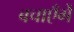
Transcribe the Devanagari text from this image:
बचाएँगें